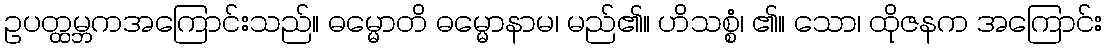
ဥပတ္ထမ္ဘကအကြောင်းသည်။ ဓမ္မောတိ ဓမ္မောနာမ၊ မည်၏။ ဟိသစ္စံ၊ ၏။ သော၊ ထိုဇနက အကြောင်း